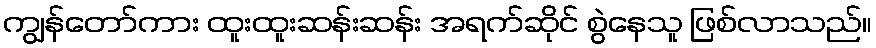
ကျွန်တော်ကား ထူးထူးဆန်းဆန်း အရက်ဆိုင် စွဲနေသူ ဖြစ်လာသည်။